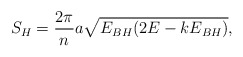
\begin{align*}S_H={{2\pi}\over n}a\sqrt{E_{BH}(2E-kE_{BH})},\end{align*}